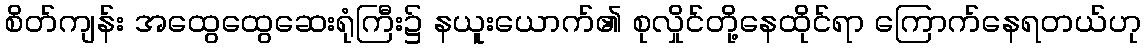
စိတ်ကျန်း အထွေထွေဆေးရုံကြီး၌ နယူးယောက်၏ စုလှိုင်တို့နေထိုင်ရာ ကြောက်နေရတယ်ဟု